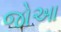
જોઆ